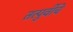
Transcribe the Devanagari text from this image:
तत्पुर्वीचे